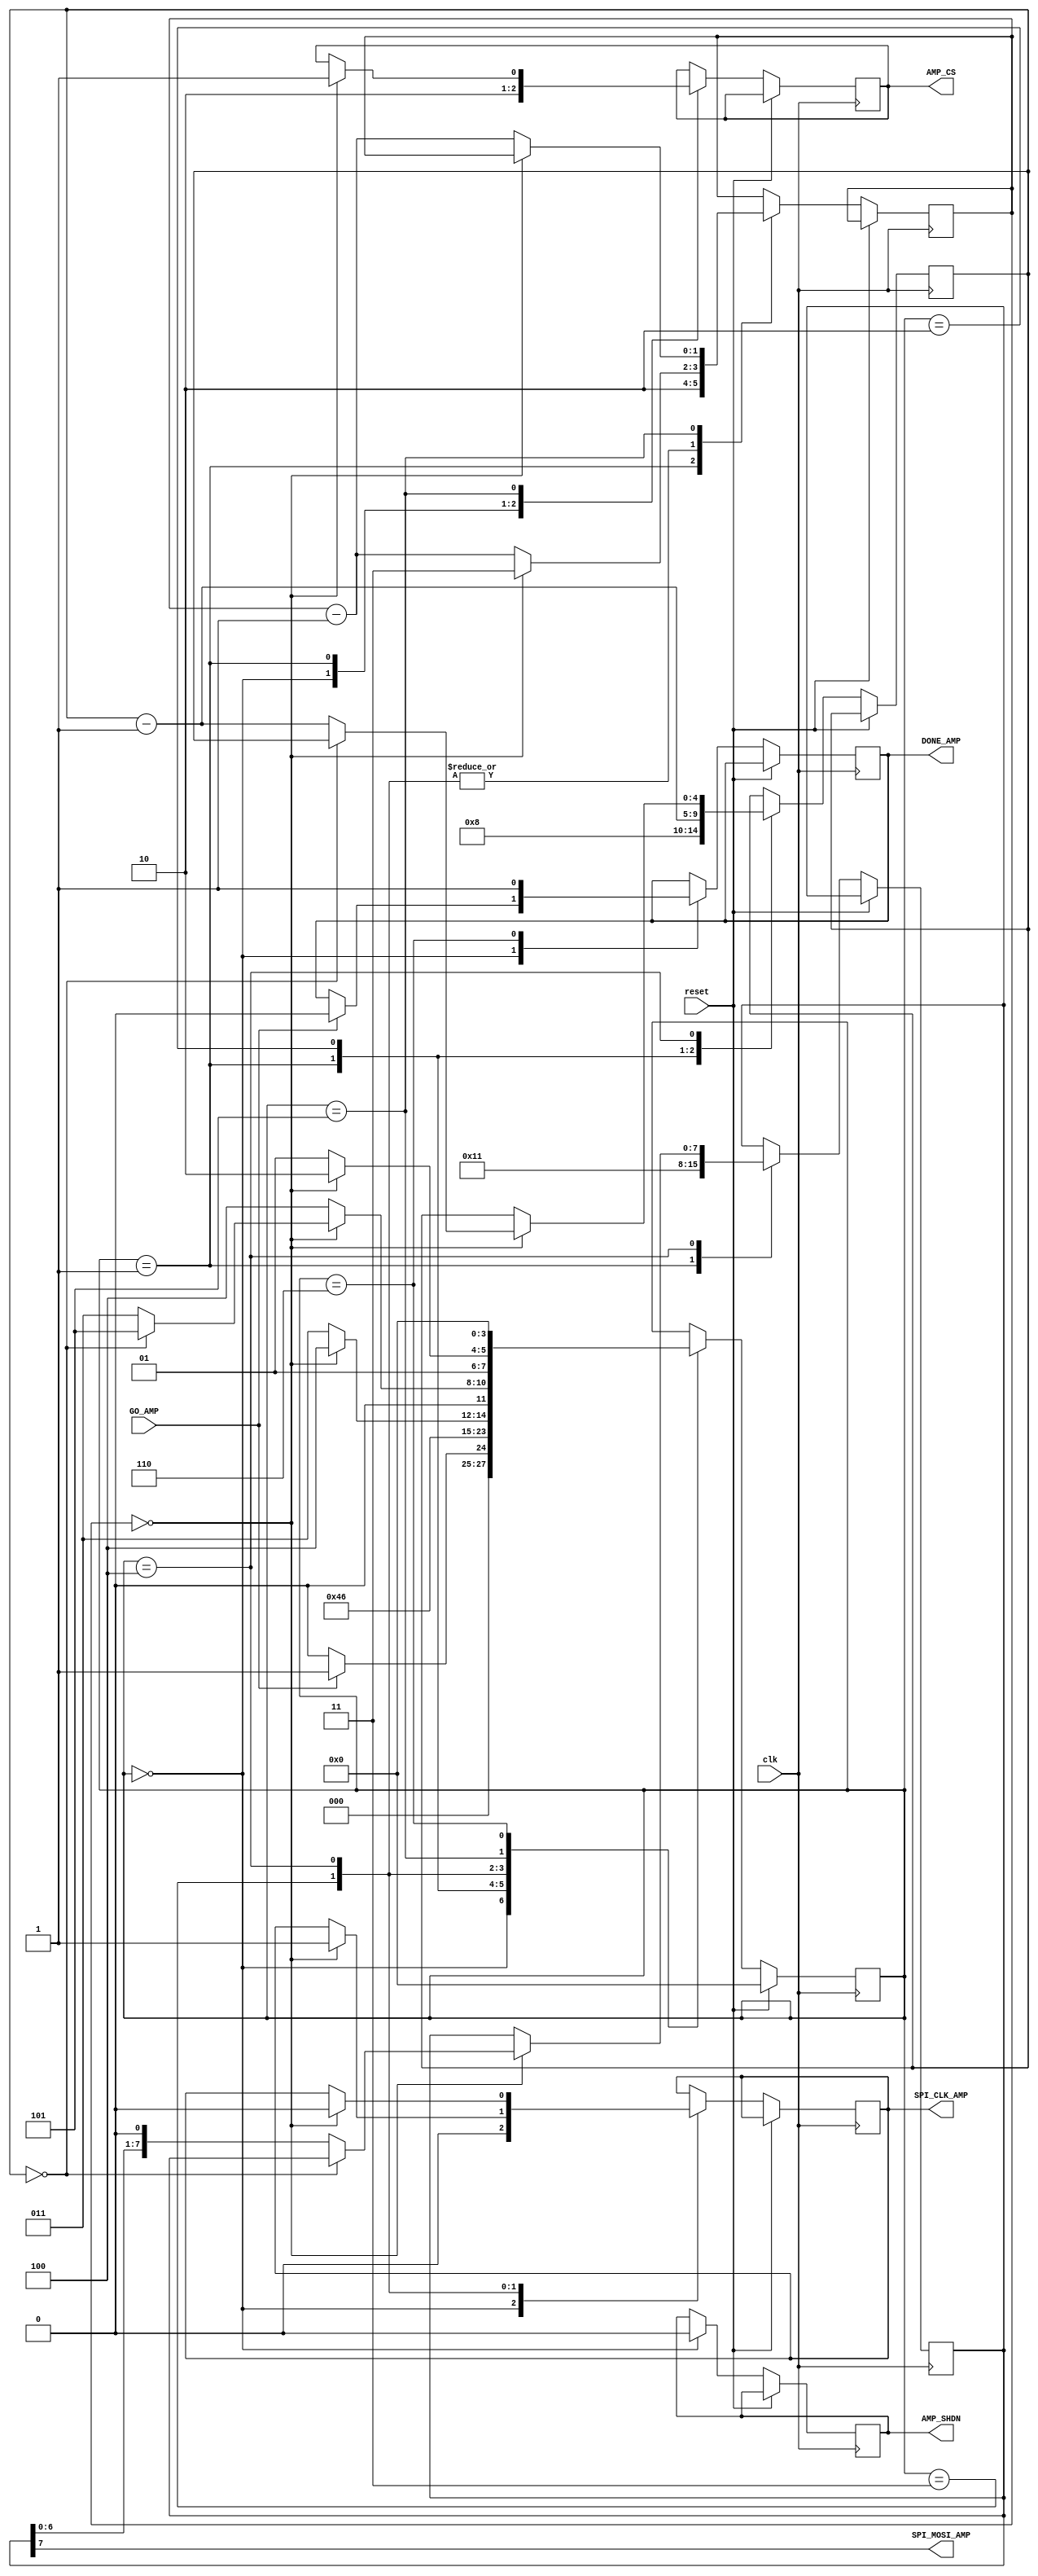
`timescale 1ns / 1ps
//////////////////////////////////////////////////////////////////////////////////
// Company: 
// Engineer: 
// 
// Design Name: 
// Module Name:    amp 
// Project Name: 
// Target Devices: 
// Tool versions: 
// Description: 
//
// Dependencies: 
//
// Revision: 
// Revision 0.01 - File Created
// Additional Comments: 
//
//////////////////////////////////////////////////////////////////////////////////
module amp(
    input clk,
    input reset,
    input GO_AMP,
    output reg DONE_AMP,
	 output reg SPI_CLK_AMP,
	 output SPI_MOSI_AMP,
	 output reg AMP_CS,
	 output reg AMP_SHDN
    );
reg [3:0] state;

reg [1:0] delay;

reg [4:0] bc;
reg [7:0] gain;
initial state = 0;
always@(posedge clk)
begin
	if (reset) state <= 0;
	else
	begin
		case(state)
			0:begin AMP_SHDN <=0; AMP_CS <=1; SPI_CLK_AMP <=0;
						if(GO_AMP) begin  state <=1; DONE_AMP <= 0;  end
						else state <= 0;
					end
			1:begin state <=2;AMP_CS<=0; bc <= 8; delay <= 2; gain <=8'h11; end
			2:begin state <=3; bc<=bc-1; end
			3:begin 	if (delay==0) begin state <=4; delay <=3; SPI_CLK_AMP <=1; end
						else begin delay <= delay -1; state <= 3; end
					end
			4:begin 	if (delay ==0) 
						begin 
							if (bc==0)
							begin
								state <=5; delay <=7; SPI_CLK_AMP <=0;
							end
							else
							begin
								state <=3; delay <= 3; bc <=bc-1; gain <= gain << 1; SPI_CLK_AMP<=0;
							end
						end
						else
							begin delay<=delay -1; state <=4;
							end
					end
						
			5:begin if (delay==0) begin state <=6; AMP_CS<=1; end
					  else begin state<=5; delay <= delay -1; end
					end
			6:begin state <=0; DONE_AMP<=1; end
			
			
		endcase
	end
end
assign SPI_MOSI_AMP = gain[7];
endmodule